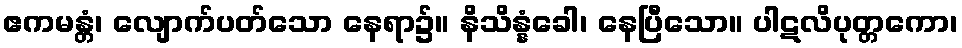
ဧကမန္တံ၊ လျောက်ပတ်သော နေရာ၌။ နိသိန္နံခေါ၊ နေပြီသော။ ပါဋလိပုတ္တကော၊